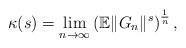
LaTeX: \begin{align*}\kappa(s) = \lim_{n\to\infty}\left(\mathbb{E}\| G_n \|^{s}\right)^{\frac{1}{n}}, \end{align*}